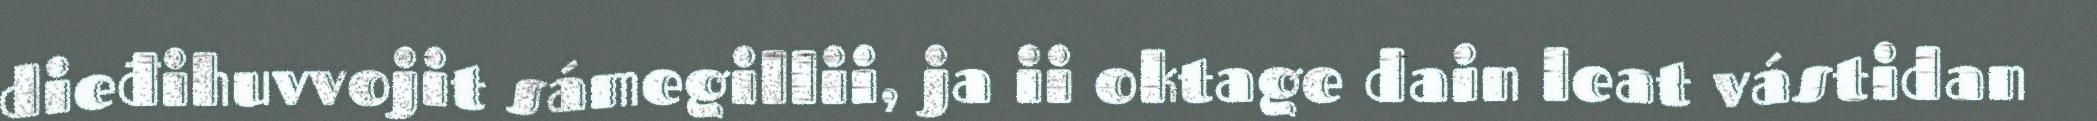
dieđihuvvojit sámegillii, ja ii oktage dain leat vástidan